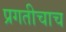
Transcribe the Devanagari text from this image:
प्रगतीचाच